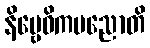
နိဗ္ဗေဓိကပညောတိ